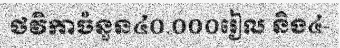
ថវិកាចំនួន៤០.០០០រៀល និង៤-